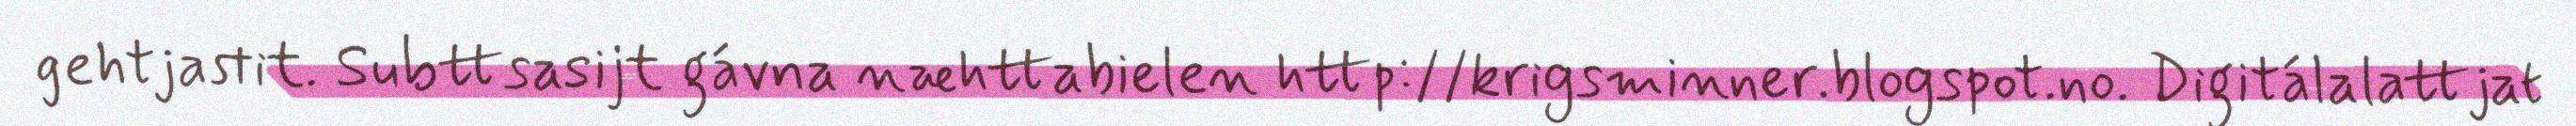
gehtjastit. Subttsasijt gávna næhttabielen http://krigsminner.blogspot.no. Digitálalattjat